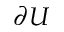
\partial U